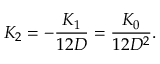
K _ { 2 } = - \frac { K _ { 1 } } { 1 2 D } = \frac { K _ { 0 } } { 1 2 D ^ { 2 } } .